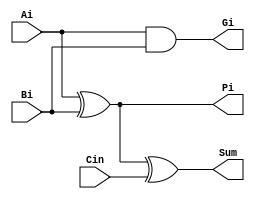

module fulladder(


    // System Clock
    input        Ai,
    input        Bi,
    input       Cin,

    output      Sum,
    output      Gi,
    output      Pi
    // User Interface
    // Pi = A ^ B;
    // Gi = A & B;
);
/*******************************************************************************
 *                                 Main Code
*******************************************************************************/

    assign Pi = Ai ^ Bi;
    assign Gi = Ai & Bi;
    assign Sum = Pi ^ Cin;

endmodule